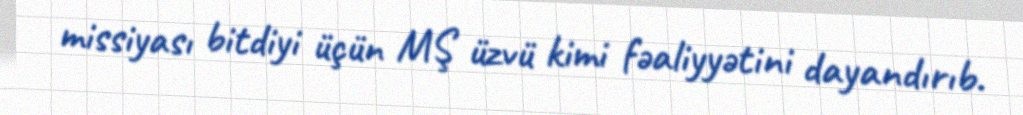
missiyası bitdiyi üçün MŞ üzvü kimi fəaliyyətini dayandırıb.